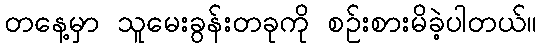
တနေ့မှာ သူမေးခွန်းတခုကို စဉ်းစားမိခဲ့ပါတယ်။